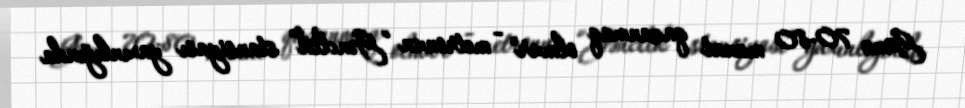
Günə 70-80 manat qazanmaq olmur" - metronun “Gənclik” stansiyası yaxınlığında